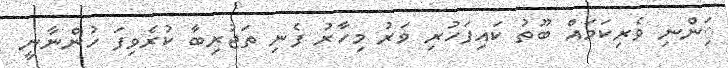
ަިންނި ވެރިކަމަަަައް ބޫތު ކައިފަހުރި ވަރު މިހާރު ފެނި ތަޖުރިބާ ކުރެވިފަ ހުންނާނީ